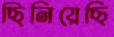
ছিনিয়েছি